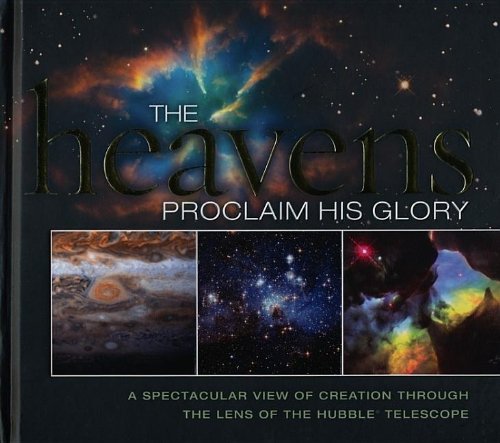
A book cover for The Heavens Proclaim His Glory: A Spectacular View of Creation Through the Lens of the NASA Hubble Telescope; Thomas Nelson; Science & Math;